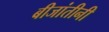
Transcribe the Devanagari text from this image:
बीजांतीनी